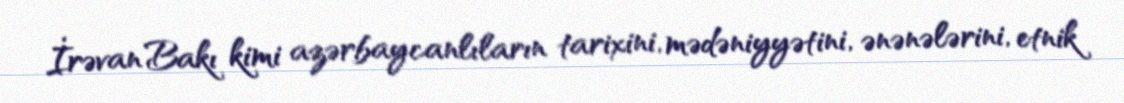
İrəvan Bakı kimi azərbaycanlıların tarixini, mədəniyyətini, ənənələrini, etnik